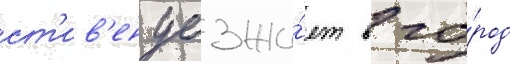
ст'ив'ен уезжа́ет в го́род